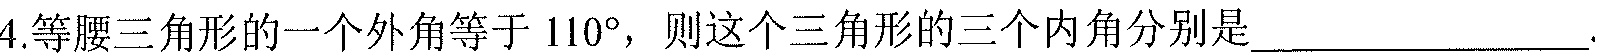
4.等腰三角形的一个外角等于\(110^{\circ}\)，则这个三角形的三个内角分别是_____________.